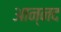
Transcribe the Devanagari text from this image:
आन्‍नद